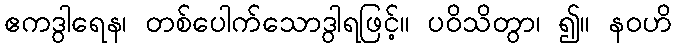
ဧကဒွါရေန၊ တစ်ပေါက်သောဒွါရဖြင့်။ ပဝိသိတွာ၊ ၍။ နဝဟိ